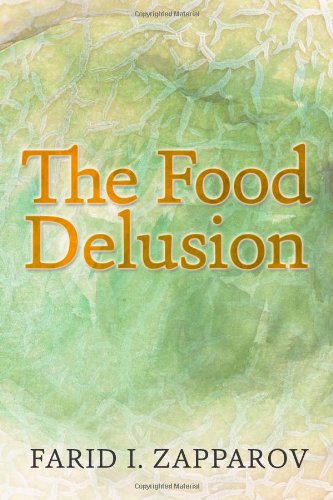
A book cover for The food delusion: A roadmap to a better understanding of food, body and genes interactions.; Farid I. Zapparov; Science & Math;